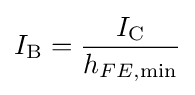
I_{\text{B}}={\frac {I_{\text{C}}}{h_{FE,{\text{min}}}}}